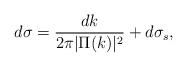
LaTeX: \begin{align*}d\sigma=\frac{dk}{2\pi|\Pi(k)|^2}+d\sigma_s,\end{align*}